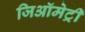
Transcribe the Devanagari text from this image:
जिऑमेट्री